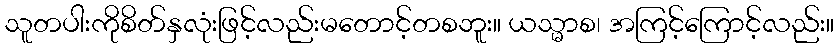
သူတပါးကိုစိတ်နှလုံးဖြင့်လည်းမတောင့်တစဘူး။ ယသ္မာစ၊ အကြင့်ကြောင့်လည်း။